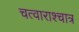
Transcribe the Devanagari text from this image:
चत्वाराश्चात्र